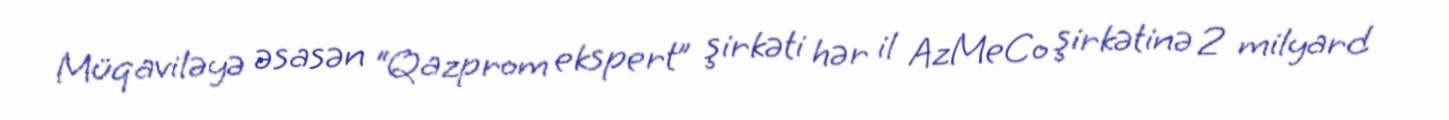
Müqaviləyə əsasən “Qazprom ekspert” şirkəti hər il AzMeCo şirkətinə 2 milyard